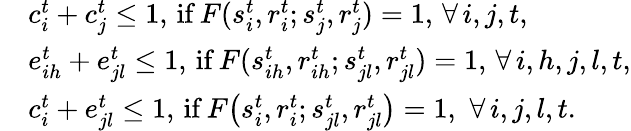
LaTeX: \begin{array}{rl}&{c_{i}^{t}+c_{j}^{t}\leq 1,\, \mathrm{{if}}\, F(s_{i}^{t},r_{i}^{t};s_{j}^{t},r_{j}^{t})=1,\, \forall{\, i,j,t},}\\ &{e_{ih}^{t}+e_{jl}^{t}\leq 1,\, {\mathrm{if}}\, F(s_{ih}^{t},r_{ih}^{t};s_{jl}^{t},r_{jl}^{t})=1,\, \forall{\, i,h,j,l,t},}\\ &{c_{i}^{t}+e_{jl}^{t}\leq 1,\, \mathrm{{if}}\, F\big(s_{i}^{t},r_{i}^{t};s_{jl}^{t},r_{jl}^{t}\big)=1,\, \, \forall{\, i,j,l,t}.}\end{array}